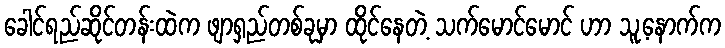
ခေါင်ရည်ဆိုင်တန်းထဲက ဖျာရှည်တစ်ခုမှာ ထိုင်နေတဲ့ သက်မောင်မောင် ဟာ သူ့နောက်က